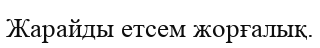
Жарайды етсем жорғалық.